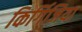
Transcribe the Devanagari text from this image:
किर्गिजिया